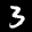
Label: 3